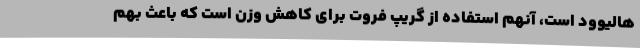
هالیوود است، آنهم استفاده از گریپ فروت برای کاهش وزن است که باعث بهم